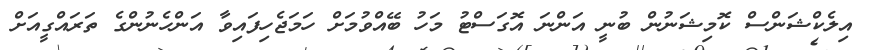
އިލެކްޝަންސް ކޮމިޝަނުން ބުނީ އަންނަ އޮގަސްޓު މަހު ބޭއްވުމަށް ހަމަޖެހިފައިވާ އަންހެނުންގެ ތަރައްގީއަށް